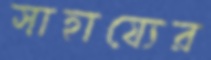
সাহায্যের